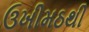
ઉખીમઠથી